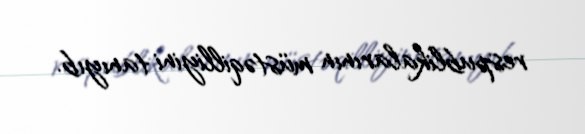
respublikalarının müstəqilliyini tanıyıb.